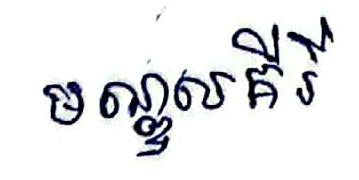
មណ្ឌលគីរី